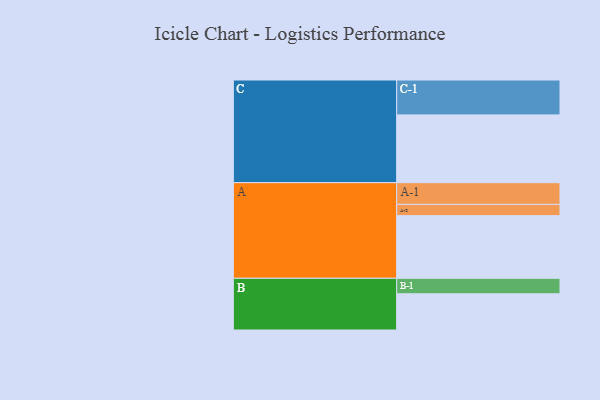
{"axis": {"x": "Segment", "y": "Value"}, "legend": ["", "A", "B", "C"], "data": [{"x": "A", "y": 519, "type": ""}, {"x": "B", "y": 300, "type": ""}, {"x": "C", "y": 561, "type": ""}, {"x": "A-1", "y": 180, "type": "A"}, {"x": "A-2", "y": 93, "type": "A"}, {"x": "B-1", "y": 128, "type": "B"}, {"x": "C-1", "y": 289, "type": "C"}]}